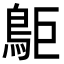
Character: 𪀏